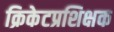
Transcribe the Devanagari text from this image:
क्रिकेटप्रशिक्षक